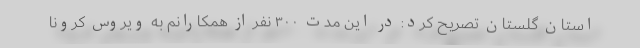
استان گلستان تصریح کرد: در این مدت ۳۰۰ نفر از همکارانم به ویروس کرونا